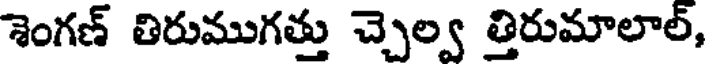
శెంగణ్ తిరుముగత్తు చ్చెల్వ త్తిరుమాలాల్,